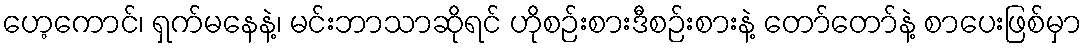
ဟေ့ကောင်၊ ရှက်မနေနဲ့၊ မင်းဘာသာဆိုရင် ဟိုစဉ်းစားဒီစဉ်းစားနဲ့ တော်တော်နဲ့ စာပေးဖြစ်မှာ